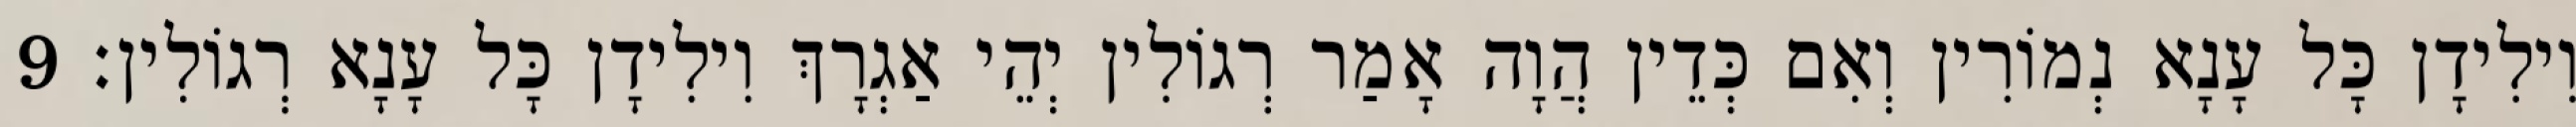
וִילִידָן כָּל עָנָא נְמוֹרִין וְאִם כְּדֵין הֲוָה אָמַר רְגוֹלִין יְהֵי אַגְרָךְ וִילִידָן כָּל עָנָא רְגוֹלִין׃ 9